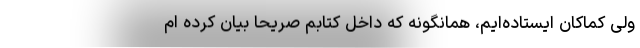
ولی کماکان ایستاده‌ایم، همانگونه که داخل کتابم صریحا بیان کرده ام